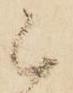
被